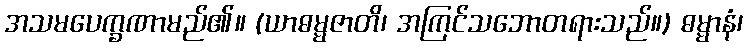
အသမပေက္ခဏာမည်၏။ (ယာဓမ္မဇာတိ၊ အကြင်သဘောတရားသည်။) ဓမ္မာနံ၊